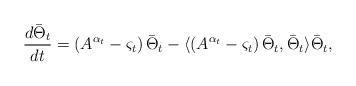
LaTeX: \begin{align*}\frac{d \bar \Theta_t}{dt} = \left( A^{\alpha_t} - \varsigma_t \right) \bar \Theta_t - \langle \left( A^{\alpha_t} - \varsigma_t \right) \bar \Theta_t, \bar \Theta_t \rangle \bar \Theta_t ,\end{align*}